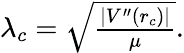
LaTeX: \begin{array}{r}{\lambda_{c}=\sqrt{\frac{|V^{\prime\prime}(r_{c})|}{\mu}}.}\end{array}